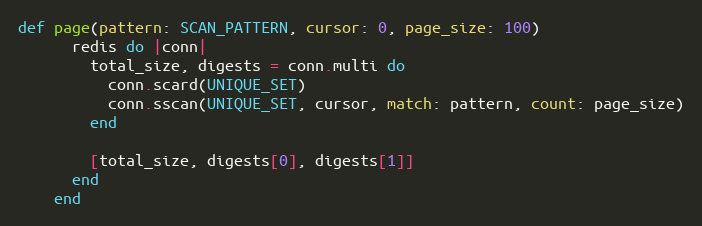
Language: Ruby
def page(pattern: SCAN_PATTERN, cursor: 0, page_size: 100)
      redis do |conn|
        total_size, digests = conn.multi do
          conn.scard(UNIQUE_SET)
          conn.sscan(UNIQUE_SET, cursor, match: pattern, count: page_size)
        end

        [total_size, digests[0], digests[1]]
      end
    end